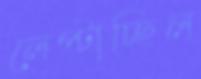
লেপ্‌টাচ্ছিল